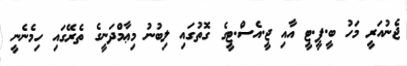
ޖެނުއަރީ މަހު ބީ.ޕީ.ޓީ އާއި ޖީ.އެސް.ޓީގެ ގޮތުގައި ލިބުނު މިޢާމްދަނީގެ ތެރޭގައި ހިމެނެނީ